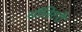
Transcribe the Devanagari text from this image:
सॉलिटरी